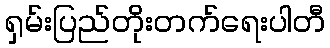
ရှမ်းပြည်တိုးတက်ရေးပါတီ